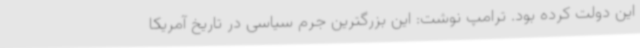
این دولت کرده بود. ترامپ نوشت: این بزرگترین جرم سیاسی در تاریخ آمریکا